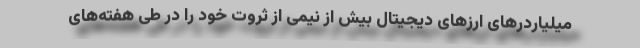
میلیاردرهای ارزهای دیجیتال بیش از نیمی از ثروت خود را در طی هفته‌های